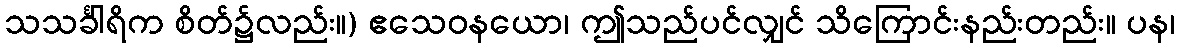
သသင်္ခါရိက စိတ်၌လည်း။) ဧသေဝနယော၊ ဤသည်ပင်လျှင် သိကြောင်းနည်းတည်း။ ပန၊